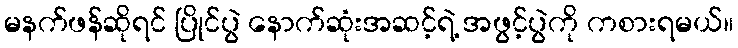
မနက်ဖန်ဆိုရင် ပြိုင်ပွဲ နောက်ဆုံးအဆင့်ရဲ့ အဖွင့်ပွဲကို ကစားရမယ်။